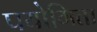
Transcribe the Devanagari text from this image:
पयोगिता